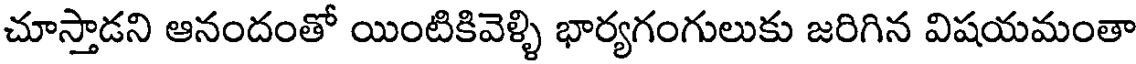
చూస్తాడని ఆనందంతో యింటికివెళ్ళి భార్యగంగులుకు జరిగిన విషయమంతా